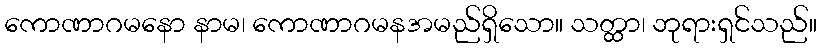
ကောဏာဂမနော နာမ၊ ကောဏာဂမနအမည်ရှိသော။ သတ္ထာ၊ ဘုရားရှင်သည်။